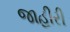
જાહીરી